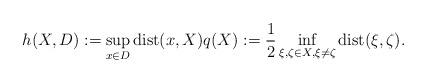
LaTeX: \begin{align*} h(X,D):=\sup_{x\in D} {\mathrm{dist}}(x,X) q(X):=\frac12 \inf_{\xi,\zeta\in X, \xi\ne \zeta} {\mathrm{dist}}(\xi,\zeta).\end{align*}